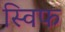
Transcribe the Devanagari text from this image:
स्विफ